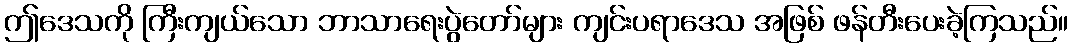
ဤဒေသကို ကြီးကျယ်သော ဘာသာရေးပွဲတော်များ ကျင်းပရာဒေသ အဖြစ် ဖန်တီးပေးခဲ့ကြသည်။